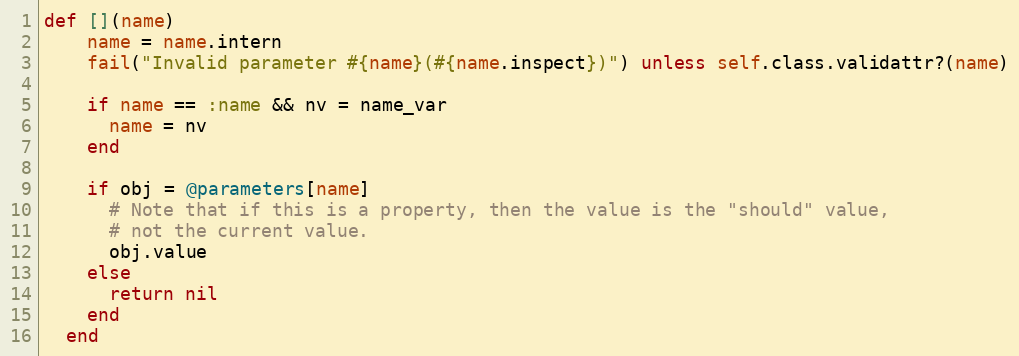
Language: Ruby
def [](name)
    name = name.intern
    fail("Invalid parameter #{name}(#{name.inspect})") unless self.class.validattr?(name)

    if name == :name && nv = name_var
      name = nv
    end

    if obj = @parameters[name]
      # Note that if this is a property, then the value is the "should" value,
      # not the current value.
      obj.value
    else
      return nil
    end
  end